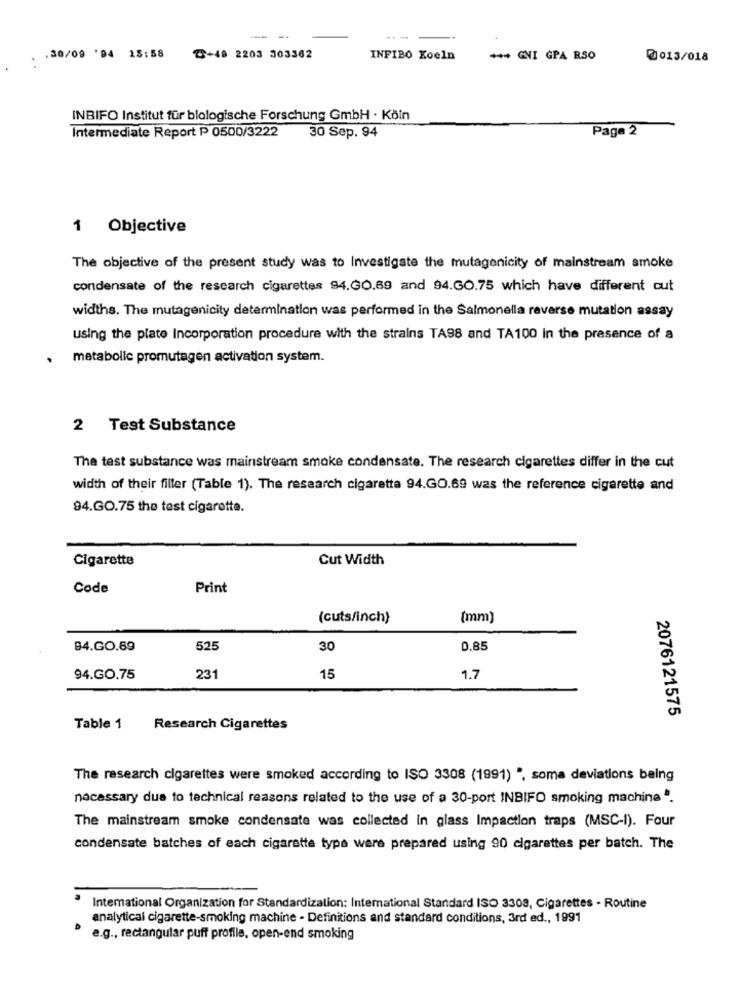
--
---
.30/09 '94 18:58
2+49 2203 303362
INFIBO Koeln
*** GNI GPA RSO
@013/018
INBIFO Institut für biologische Forschung GmbH · Köln
Intermediate Report P 0500/3222
Paga 2
30 Sep. 94
1 Objective
The objective of the present study was to Investigate the mutagenicity of mainstream smoke
condensate of the research cigarettes 94.GO.69 and 94.GO.75 which have different cut
widths. The mutagenicity determination was performed in the Salmonella reverse mutation assay
using the plate Incorporation procedure with the strains TA98 and TA100 in the presence of a
metabolic promutagen activation system.
2 Test Substance
The test substance was mainstream smoke condensate. The research cigarettes differ in the cut
width of their filler (Table 1). The research cigaretta 94.GO.69 was the reference cigarette and
94.GO.75 the test cigarette.
Cigarette
Cut Width
Code
Print
(cuts/inch)
(mm)
94.GO.69
525
30
0.85
231
94.GO.75
15
1.7
2076121575
Table 1
Research Cigarettes
The research cigarettes were smoked according to ISO 3308 (1991) ", soma deviations being
necessary due to technical reasons related to the use of a 30-port INBIFO smoking machine".
The mainstream smoke condensate was collected In glass Impaction traps (MSC-1). Four
condensate batches of each cigarette type were prepared using 90 cigarettes per batch. The
Intemational Organization for Standardization: International Standard ISO 3308, Cigarettes - Routine
analytical cigarette-smoking machine - Definitions and standard conditions, 3rd ed ., 1991
e.g ., rectangular puff profile, open-end smoking